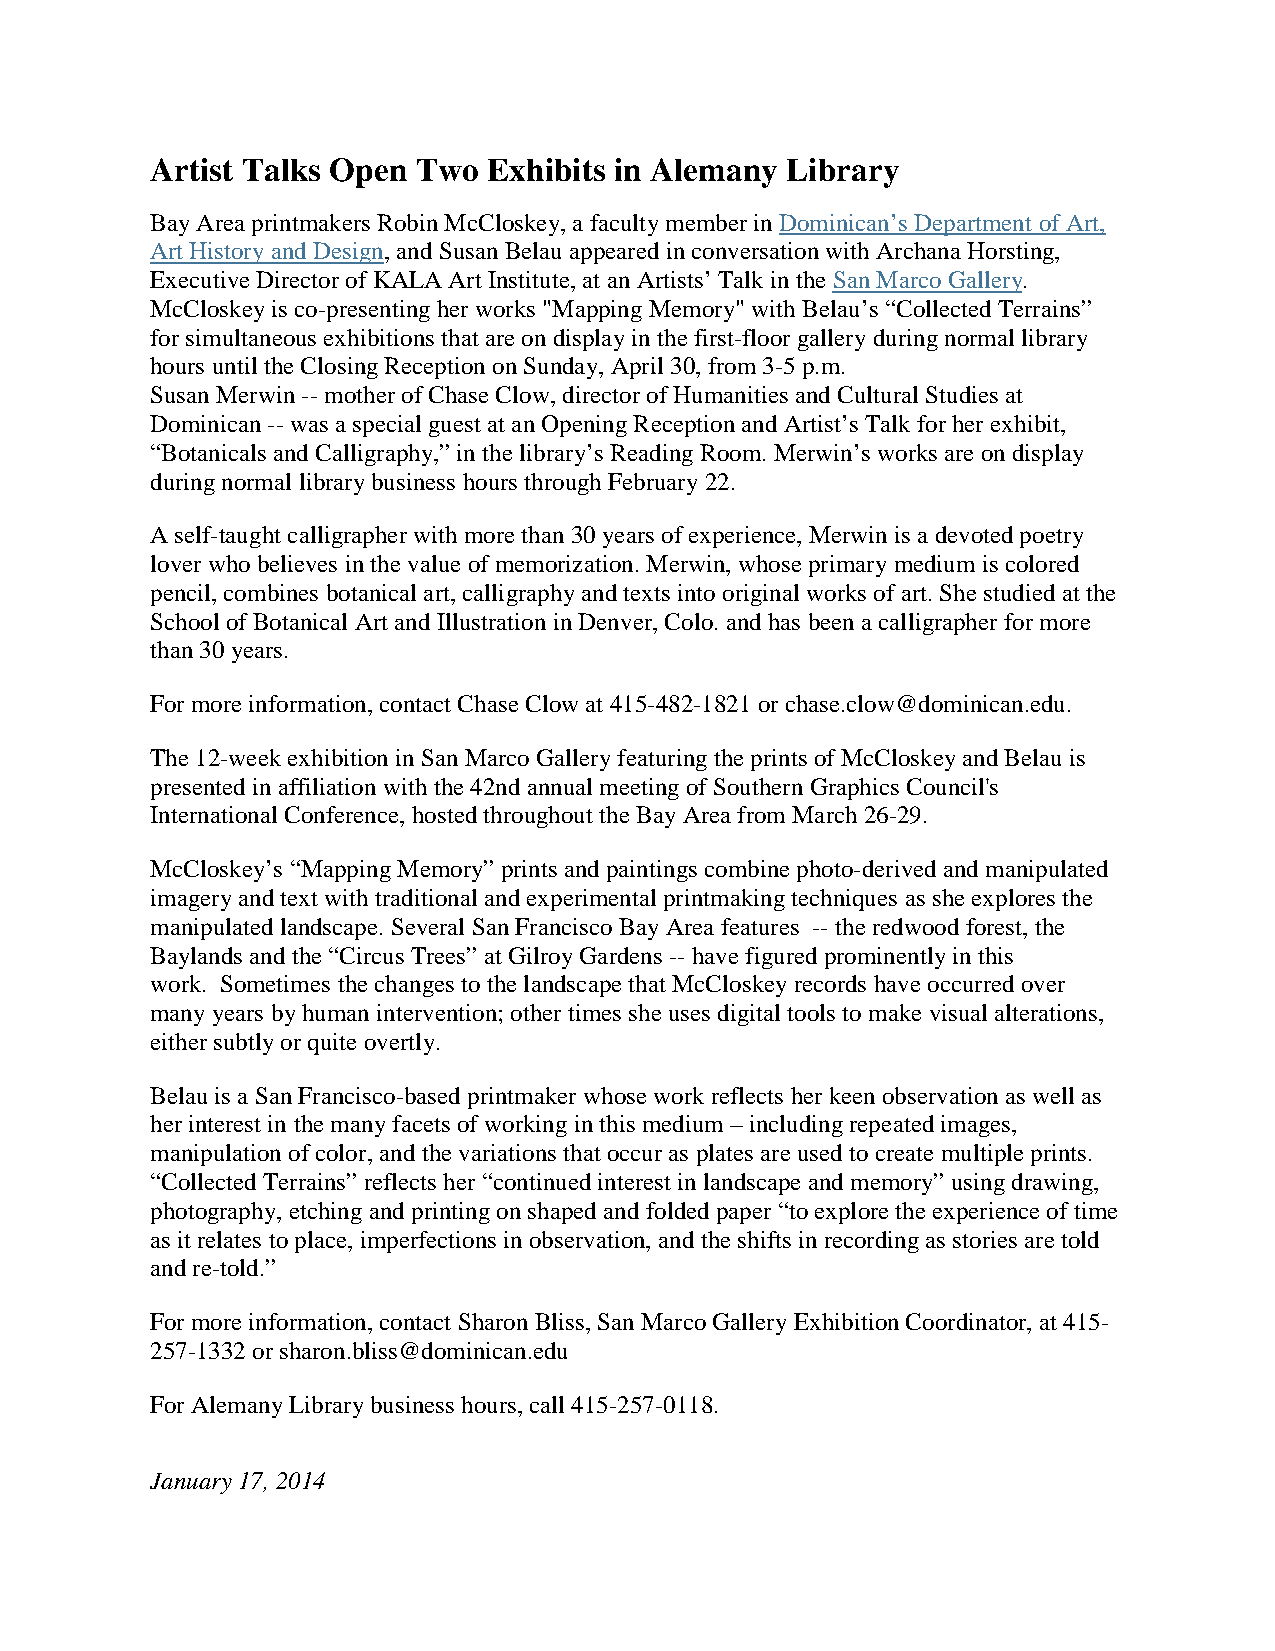
Artist Talks Open Two Exhibits in Alemany Library
 Bay Area printmakers Robin McCloskey, a faculty member in Dominican’s Department of Art,
 Art History and Design, and Susan Belau appeared in conversation with Archana Horsting,
 Executive Director of KALA Art Institute, at an Artists’ Talk in the San Marco Gallery.
 McCloskey is co-presenting her works "Mapping Memory" with Belau’s “Collected Terrains”
 for simultaneous exhibitions that are on display in the first-floor gallery during normal library
 hours until the Closing Reception on Sunday, April 30, from 3-5 p.m.
 Susan Merwin -- mother of Chase Clow, director of Humanities and Cultural Studies at
 Dominican -- was a special guest at an Opening Reception and Artist’s Talk for her exhibit,
 “Botanicals and Calligraphy,” in the library’s Reading Room. Merwin’s works are on display
 during normal library business hours through February 22.
 A self-taught calligrapher with more than 30 years of experience, Merwin is a devoted poetry
 lover who believes in the value of memorization. Merwin, whose primary medium is colored
 pencil, combines botanical art, calligraphy and texts into original works of art. She studied at the
 School of Botanical Art and Illustration in Denver, Colo. and has been a calligrapher for more
 than 30 years.
 For more information, contact Chase Clow at 415-482-1821 or chase.clow@dominican.edu.
 The 12-week exhibition in San Marco Gallery featuring the prints of McCloskey and Belau is
 presented in affiliation with the 42nd annual meeting of Southern Graphics Council's
 International Conference, hosted throughout the Bay Area from March 26-29.
 McCloskey’s “Mapping Memory” prints and paintings combine photo-derived and manipulated
 imagery and text with traditional and experimental printmaking techniques as she explores the
 manipulated landscape. Several San Francisco Bay Area features -- the redwood forest, the
 Baylands and the “Circus Trees” at Gilroy Gardens -- have figured prominently in this
 work. Sometimes the changes to the landscape that McCloskey records have occurred over
 many years by human intervention; other times she uses digital tools to make visual alterations,
 either subtly or quite overtly.
 Belau is a San Francisco-based printmaker whose work reflects her keen observation as well as
 her interest in the many facets of working in this medium – including repeated images,
 manipulation of color, and the variations that occur as plates are used to create multiple prints.
 “Collected Terrains” reflects her “continued interest in landscape and memory” using drawing,
 photography, etching and printing on shaped and folded paper “to explore the experience of time
 as it relates to place, imperfections in observation, and the shifts in recording as stories are told
 and re-told.”
 For more information, contact Sharon Bliss, San Marco Gallery Exhibition Coordinator, at 415-
 257-1332 or sharon.bliss@dominican.edu
 For Alemany Library business hours, call 415-257-0118.
 January 17, 2014